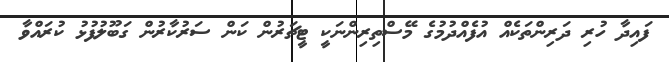
ފައިދާ ހުރި ދަރިންތަކެއް އުފެއްދުމުގެ މޭސްތިރިންނަކީ ޓީޗަރުން ކަން ސަރުކާރުން ގަބޫލުފުޅު ކުރައްވާ